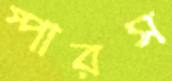
স্পারস